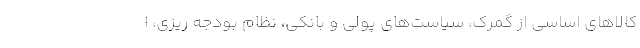
کالاهای اساسی از گمرک، سیاست‌های پولی و بانکی، نظام بودجه ریزی، ا